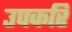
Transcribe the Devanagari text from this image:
उपकरि